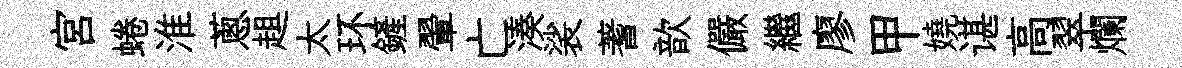
宮蜷淮蔥趄太环鏟翬亡湊裟蓍歆儼繼廖甲嬈谌高翠爛